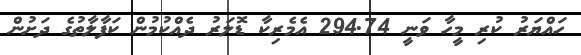
ހައްޔަރު ކުރި މީހާ ވަނީ 294.74 އެމެރިކާ ޑޮލަރު ދެއްކުމުން ކަފާލާތުގެ ދަށުން